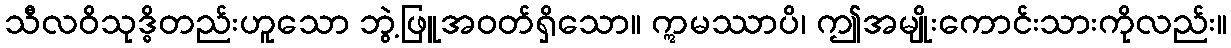
သီလဝိသုဒ္ဓိတည်းဟူသော ဘွဲ့ဖြူအဝတ်ရှိသော။ ဣမဿာပိ၊ ဤအမျိုးကောင်းသားကိုလည်း။